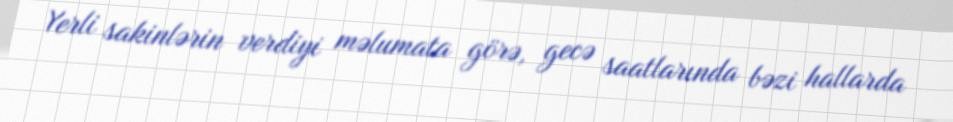
Yerli sakinlərin verdiyi məlumata görə, gecə saatlarında bəzi hallarda